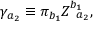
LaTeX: \gamma _ { a _ { 2 } } \equiv \pi _ { b _ { 1 } } Z _ { \; \; a _ { 2 } } ^ { b _ { 1 } } ,